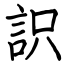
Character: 䛊